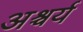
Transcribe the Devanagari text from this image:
अश्चर्य